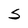
Character: S